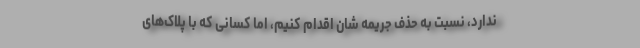
ندارد، نسبت به حذف جریمه شان اقدام کنیم، اما کسانی که با پلاک‌های